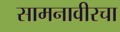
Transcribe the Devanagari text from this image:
सामनावीरचा